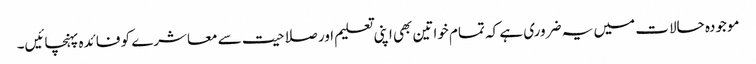
موجودہ حالات میں یہ ضروری ہے کہ تمام خواتین بھی اپنی تعلیم اور صلاحیت سے معاشرے کو فائدہ پہنچائیں۔